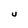
Character: U